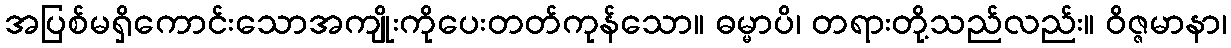
အပြစ်မရှိကောင်းသောအကျိုးကိုပေးတတ်ကုန်သော။ ဓမ္မာပိ၊ တရားတို့သည်လည်း။ ဝိဇ္ဇမာနာ၊